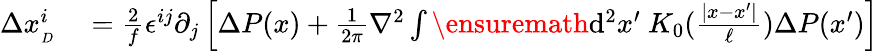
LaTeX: \begin{array}{rl}{\Delta x_{_{D}}^{i}}&{{}=\frac{2}{f}\epsilon^{ij}\partial_{j}\left[\Delta P(x)+\frac{1}{2\pi}\nabla^{2}\int\ensuremath{\operatorname{d}\! {}^{2}}x^{\prime}\ K_{0}(\frac{|x-x^{\prime}|}{\ell})\Delta P(x^{\prime})\right]}\end{array}